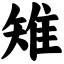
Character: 雉